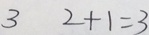
3 2 + 1 = 3